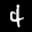
Label: 4